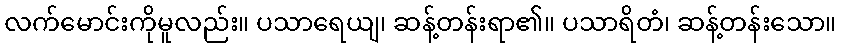
လက်မောင်းကိုမူလည်း။ ပသာရေယျ၊ ဆန့်တန်းရာ၏။ ပသာရိတံ၊ ဆန့်တန်းသော။